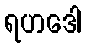
ရဟဒေါ